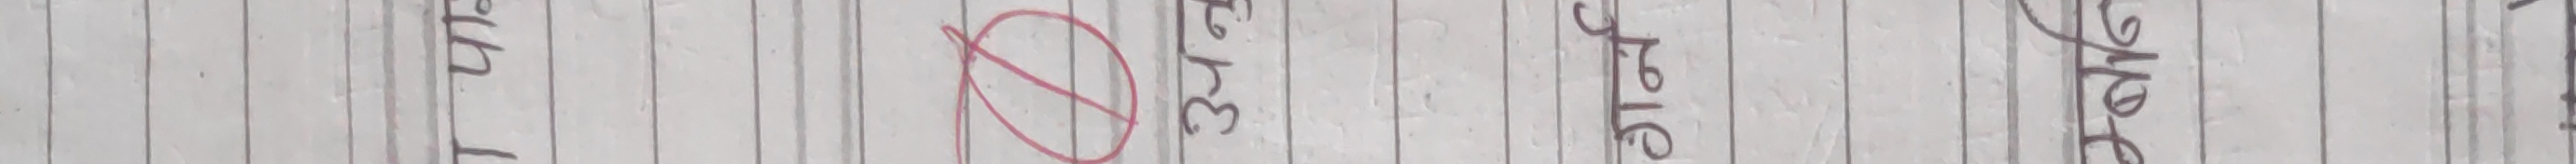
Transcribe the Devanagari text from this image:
शुभकामना ३२ साल नयाँ